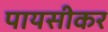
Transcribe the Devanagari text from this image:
पायसीकर